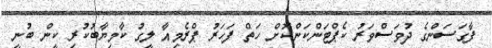
ފާގަސަންގެ ދުވަސްވަރު ކެޕްޓަންކަންކޮށް ހަތް ފަހަރު ޕްރެމިއާ ލީގު ކާމިޔާބުކުރި ކީން ބުނީ